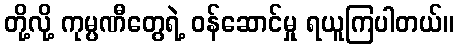
တို့လို့ ကုမ္ပဏီတွေရဲ့ ဝန်ဆောင်မှု ရယူကြပါတယ်။